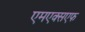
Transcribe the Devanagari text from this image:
एमएक्सएफ